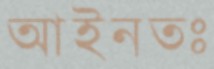
আইনতঃ